Vaccination in the Punjab 1919-1929 - 1919-1929
Year: 1919
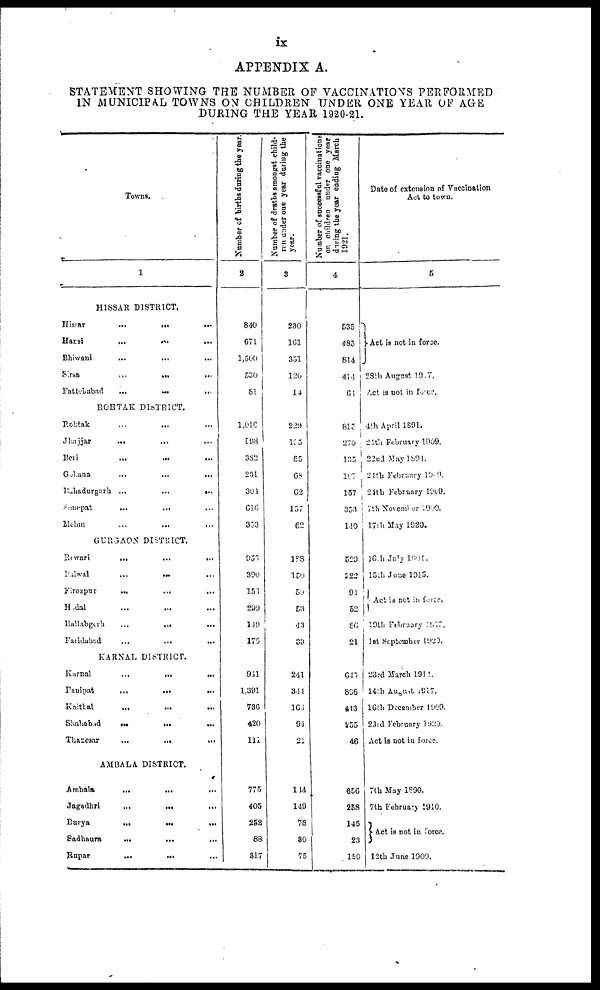
ix
APPENDIX A.
STATEMENT SHOWING THE NUMBER OF VACCINATIONS PERFORMED
IN MUNICIPAL TOWNS ON CHILDREN UNDER ONE YEAR OF AGE
DURING THE YEAR 1920-21.
Towns.
1
HISSAR DISTRICT.
Hissar
...
...
...
Harsi
...
...
...
Bhiwani
...
...
...
Sirsa
...
...
...
Fattehabad
...
...
...
ROHTAK DISTRICT.
Rohtak ... ... ...
Jhajjar
...
...
...
Beri ... ... ...
Gohana
...
...
...
Bahadurgarh
...
...
...
Sonepat
...
...
...
Mehm ... ... ...
GURGAON DISTRICT.
Rewari
...
...
...
Palwal
...
...
...
Firozpur
...
...
...
Hodal ... ... ...
Ballabgerh
...
...
...
Faridabad
...
...
...
KARNAL DISTRICT.
Karnal
...
...
...
Panipat
...
...
...
Kaittal
...
...
...
Shahabad
...
...
...
Thancsar
...
...
...
AMBALA DISTRICT.
Ambala
...
...
...
Jagadhri
...
...
...
Barya
...
...
...
Sadhaura
...
...
...
Rupar
...
...
...
Number of births during the year.
2
840
671
1,500
530
81
1,010
598
382
231
301
616
353
956
390
153
299
149
176
941
1,391
736
420
111
775
405
252
88
317
Number of deaths amongst child-
ren under one year during the
year.
3
230
161
351
120
14
229
165
65
68
62
157
62
188
150
55
53
43
33
241
341
466
94
21
144
149
78
30
75
Number of successful vaccinations
on children under one year
during the year ending March
1921.
4
535
485
814
414
64
815
270
135
l67
157
353
1.10
529
222
91
52
86
21
645
896
413
255
46
656
258
145
23
150
Date of extension of Vaccination
Act to town.
5
Act is not in force.
28th August 19.7.
Act is not in force.
4th April 1891.
24th February 1909.
22nd May 1891.
21th February 1909.
21th February 1909.
7th November 1900.
17th May 1920.
16th July 1901.
15th June 1915.
Act is not in force.
19th February l917.
1st September 1920.
23rd March 1911.
14th August 1917.
16th December 1909.
23rd February l920.
Act is not in force.
7th May 1890.
7th February 1910.
Act is not in force.
12th June 1900.